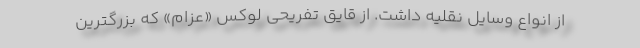
از انواع وسایل نقلیه داشت. از قایق‌ تفریحی لوکس «عزام» که بزرگترین